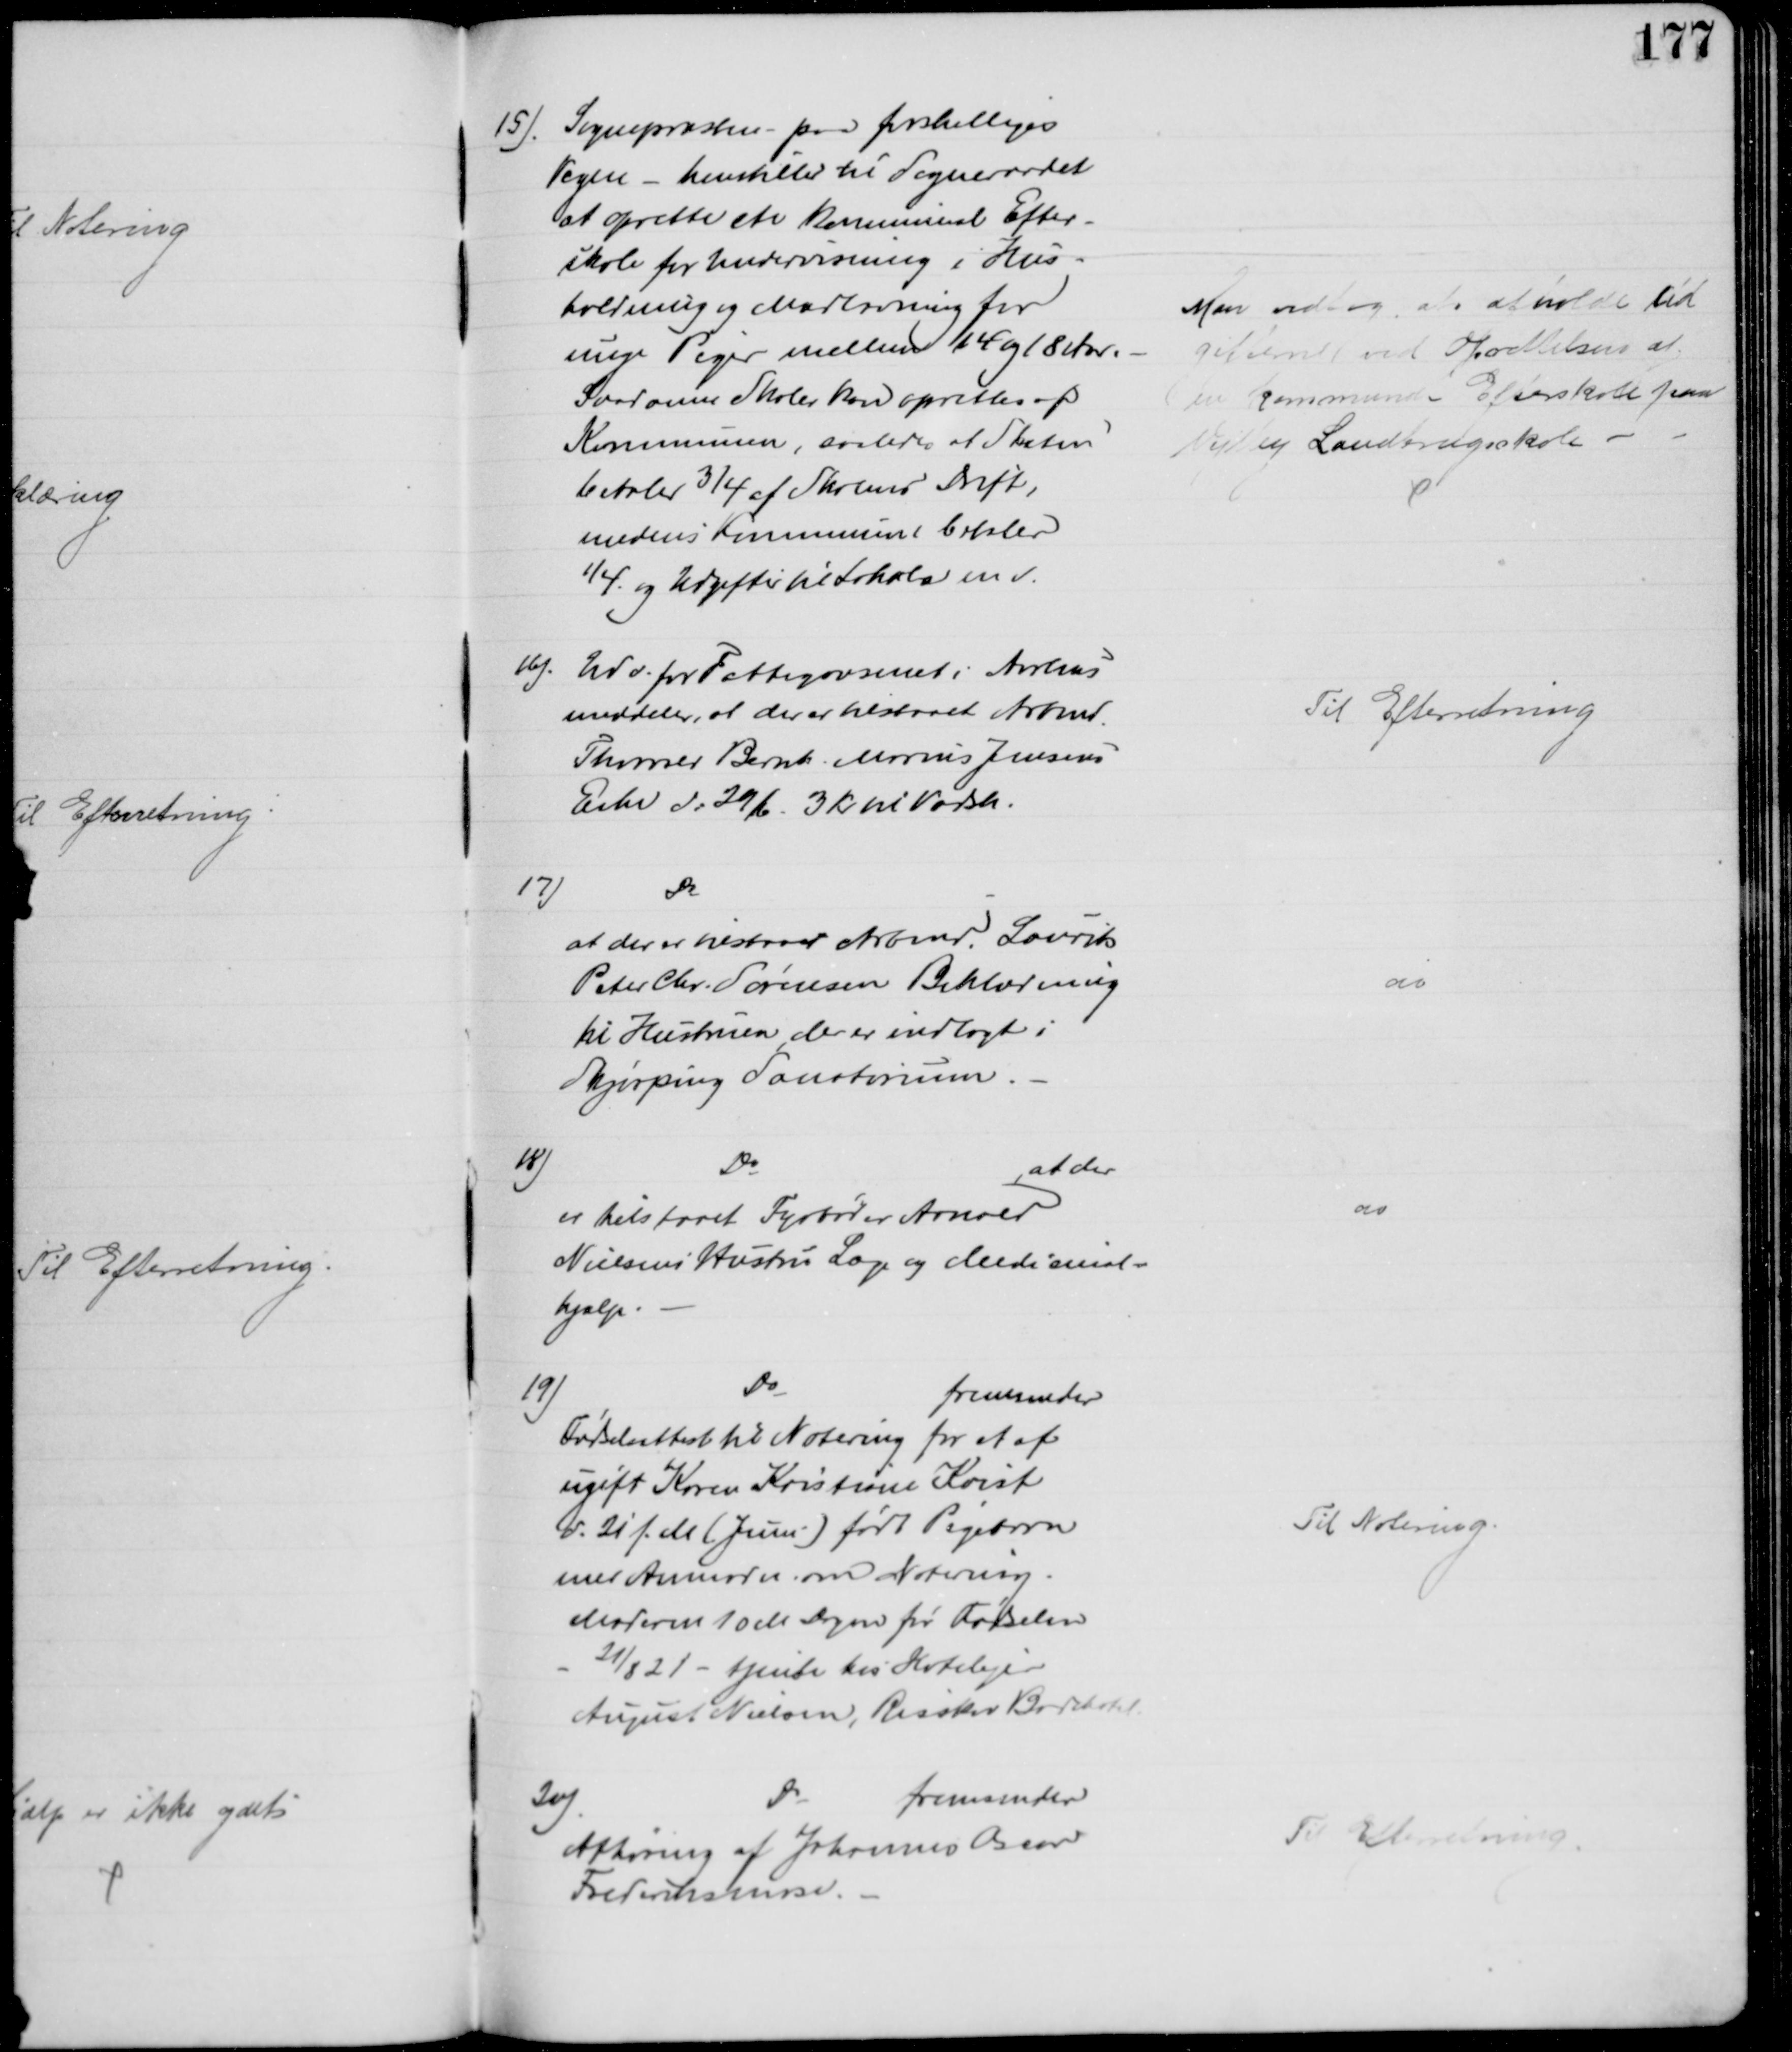
Transskription:
15). Sognepræsten paa forskelliges
Vegne - henstiller til Sogneraadet
at oprette en kommunal Efter-
skole for Undervisning i Hus-
holdning og Madlavning for
unge Piger mellem 14 og 18 Aar.
Saadanne Skoler kan oprettes af
Kommunen, saaledes at Staten
betaler ¾ af Skolens Drift,
medens Kommunen betaler
¼. og Udgifter til Lokale m v.
Man vedtog at afholde Ud
gifterne ved Oprettelsen af 
en kommunal Efterskole paa
Vejlby Landbrugsskole
16).
Udv. for Fattigvæsenet i Aarhus
meddeler, at der er tilstaaet Arbmd. 
Thorvald Bernh. Marius Jensens
Enke d: 29/6. 3 Kr til Vadsk.
Til Efterretning
17)
Do
at der er tilstaaet Arbmd. Laurits 
Peter Chr. Sørensen Beklædning
til Hustruen, der er indlagt i
Skjørping Sanatorium.
do
18)
Do
at der
er tilstaaet Fyrbøder Arnold
Nielsens Hustru Læge og Medicinal-
hjælp.
do
19)
Do
fremsender
Fødselsattest til Notering for et af
ugift Karen Kristiane Kvist
d. 21 f. M. (Juni) født Pigebarn
med Anmodn om Notering.
Moderen 10M Dagen før Fødselen
21/8 21 - tjente hos Hotelejer
August Nielsen, Risskov Badehotel.
Til Notering.
20)
Do
fremsender
Afhøring af Johannes Oscar
Frederiksmose.
Til Efterretning